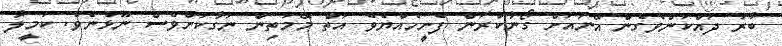
ބާރު ދައްކަންވެގެން އޭނައަށް ގޯނާކުރަން ފެށީހެއްޔެވެ އަތް މޭމަތިން ނަގާކަށްވެސް ނޫޅުނެވެ. ކަމީލާ